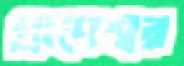
প্রাণেশ্বর